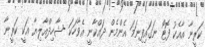
ކަރީނާ އާއެކު ފޮޓޯ ނަގައިފިނަމަ އެންމެން ދައްކާނީ އެވާހަކަ -ޝާހިދްއާލިޔާ އަކީ ކަރީނާ